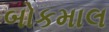
બોકમાલ